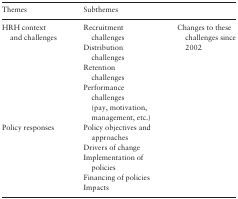
| Themes | Subthemes |  |
 | --- | --- | --- |
 | <ROWSPAN=4> HRH context and challenges | Recruitment challenges | <ROWSPAN=4> Changes to these challenges since 2002 |
 | Distribution challenges |
 | Retention challenges |
 | Performance challenges (pay, motivation, management, etc.) |
 | <ROWSPAN=5> Policy responses | Policy objectives and approaches |  |
 | Drivers of change |  |
 | Implementation of policies |  |
 | Financing of policies |  |
 | Impacts |  |